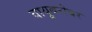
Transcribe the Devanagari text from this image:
वायूबरोबर